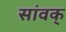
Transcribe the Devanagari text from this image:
सांवक्